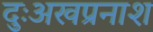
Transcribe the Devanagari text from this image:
दुःअखप्रनाश